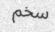
سخم